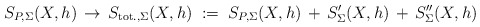
\begin{align*}S_{P,\Sigma}(X,h)\,\to\,S_{{\rm tot.,}\Sigma}(X,h)\;:=\;S_{P,\Sigma}(X,h)\,+\,S_\Sigma' (X,h)\,+\,S_\Sigma'' (X,h) \,\end{align*}